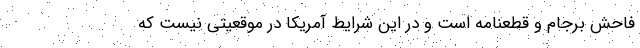
فاحش برجام و قطعنامه است و در این شرایط آمریکا در موقعیتی نیست که